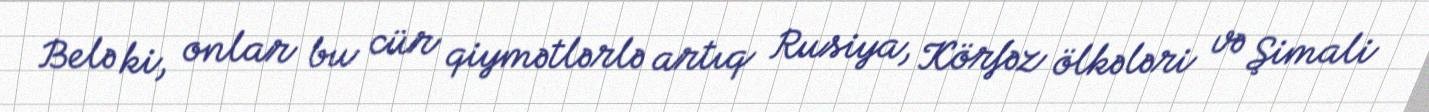
Belə ki, onlar bu cür qiymətlərlə artıq Rusiya, Körfəz ölkələri və Şimali